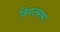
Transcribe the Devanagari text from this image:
विमलसभा